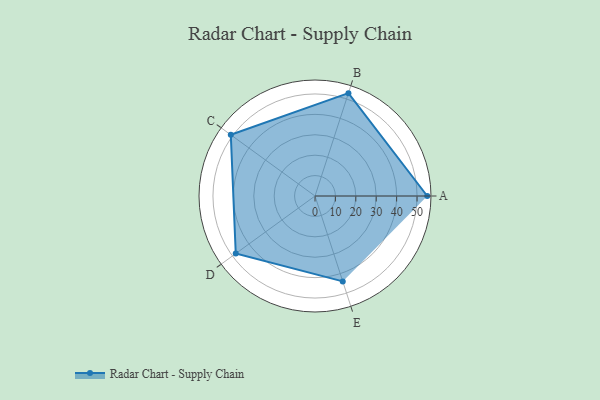
{"axis": {"x": "Skill", "y": "Score"}, "legend": ["Profile"], "data": [{"x": "A", "y": 55.0, "type": "Profile"}, {"x": "B", "y": 53.0, "type": "Profile"}, {"x": "C", "y": 51.0, "type": "Profile"}, {"x": "D", "y": 48.0, "type": "Profile"}, {"x": "E", "y": 44.0, "type": "Profile"}]}